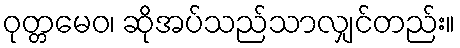
ဝုတ္တမေဝ၊ ဆိုအပ်သည်သာလျှင်တည်း။